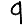
Digit: 9